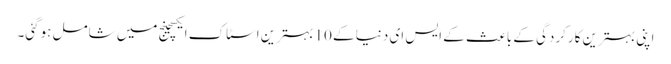
اپنی بہترین کارکردگی کے باعث کے ایس ای دنیا کے 10 بہترین اسٹاک ایکسچینج میں شامل ہوگئی۔